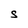
Character: S